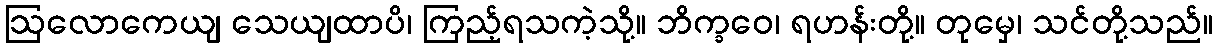
ဩလောကေယျ သေယျထာပိ၊ ကြည့်ရသကဲ့သို့။ ဘိက္ခဝေ၊ ရဟန်းတို့။ တုမှေ၊ သင်တို့သည်။